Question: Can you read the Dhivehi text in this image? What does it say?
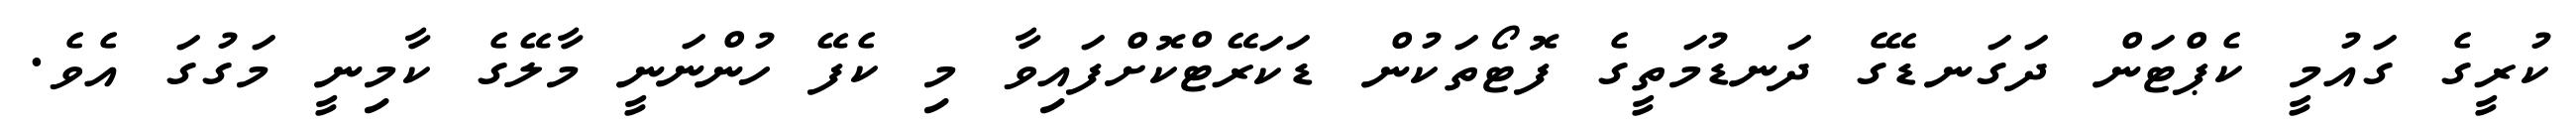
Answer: ކުރީގެ ގައުމީ ކެޕްޓަން ދަގަނޑޭގެ ދަނޑުމަތީގެ ފޮޓޯތަކުން ޑަކަރޭޓްކޮށްފައިވާ މި ކެފޭ ހުންނަނީ މާލޭގެ ކާމިނީ މަގުގަ އެވެ.